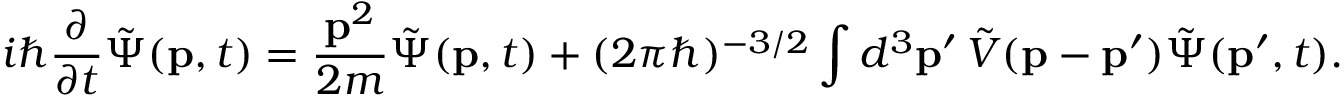
i \hbar { \frac { \partial } { \partial t } } { \tilde { \Psi } } ( \mathbf { p } , t ) = { \frac { \mathbf { p } ^ { 2 } } { 2 m } } { \tilde { \Psi } } ( \mathbf { p } , t ) + ( 2 \pi \hbar ) ^ { - 3 / 2 } \int d ^ { 3 } \mathbf { p } ^ { \prime } \, { \tilde { V } } ( \mathbf { p } - \mathbf { p } ^ { \prime } ) { \tilde { \Psi } } ( \mathbf { p } ^ { \prime } , t ) .